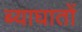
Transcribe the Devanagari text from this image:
ब्याघातों